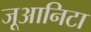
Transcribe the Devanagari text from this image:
जूआनिटा